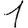
Digit: 1